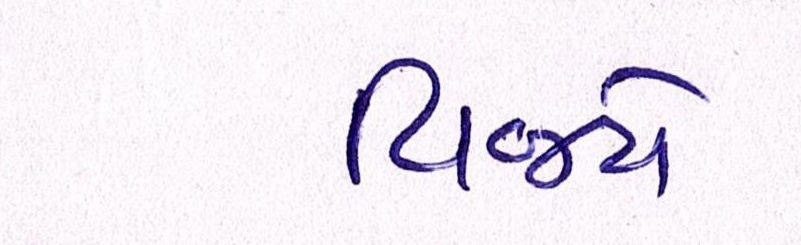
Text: વિજયે